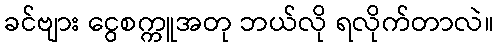
ခင်ဗျား ငွေစက္ကူအတု ဘယ်လို ရလိုက်တာလဲ။